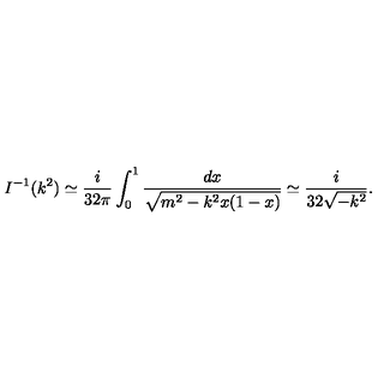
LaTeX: I ^ { - 1 } ( k ^ { 2 } ) \simeq \frac { i } { 3 2 \pi } \int _ { 0 } ^ { 1 } \frac { d x } { \sqrt { m ^ { 2 } - k ^ { 2 } x ( 1 - x ) } } \simeq \frac { i } { 3 2 \sqrt { - k ^ { 2 } } } .